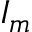
I _ { m }